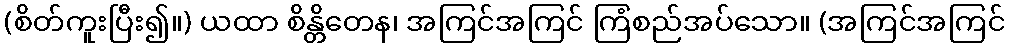
(စိတ်ကူးပြီး၍။) ယထာ စိန္တိတေန၊ အကြင်အကြင် ကြံစည်အပ်သော။ (အကြင်အကြင်